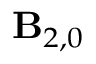
\mathbf { B } _ { 2 , 0 }